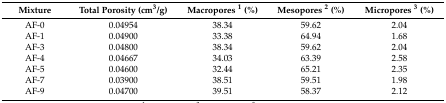
<table><thead><tr><td><b>Mixture</b></td><td><b>Total Porosity (cm<sup>3</sup>/g)</b></td><td><b>Macropores <sup>1</sup> (%)</b></td><td><b>Mesopores <sup>2</sup> (%)</b></td><td><b>Micropores <sup>3</sup> (%)</b></td></tr></thead><tbody><tr><td>AF-0</td><td>0.04954</td><td>38.34</td><td>59.62</td><td>2.04</td></tr><tr><td>AF-1</td><td>0.04900</td><td>33.38</td><td>64.94</td><td>1.68</td></tr><tr><td>AF-3</td><td>0.04800</td><td>38.34</td><td>59.62</td><td>2.04</td></tr><tr><td>AF-4</td><td>0.04667</td><td>34.03</td><td>63.39</td><td>2.58</td></tr><tr><td>AF-5</td><td>0.04600</td><td>32.44</td><td>65.21</td><td>2.35</td></tr><tr><td>AF-7</td><td>0.03900</td><td>38.51</td><td>59.51</td><td>1.98</td></tr><tr><td>AF-9</td><td>0.04700</td><td>39.51</td><td>58.37</td><td>2.12</td></tr></tbody></table>